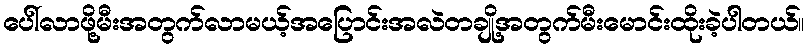
ပေါ်လာဖို့မီးအတွက်လာမယ့်အပြောင်းအလဲတချို့အတွက်မီးမောင်းထိုးခဲ့ပါတယ်။